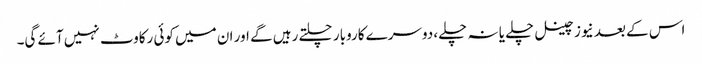
اس کے بعد نیوز چینل چلے یا نہ چلے، دوسرے کاروبار چلتے رہیں گے اور ان میں کوئی رکاوٹ نہیں آئے گی۔